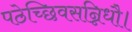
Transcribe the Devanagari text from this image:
पठेच्छिवसन्निधौ।